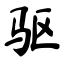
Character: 驱